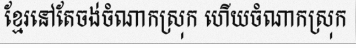
ខ្មែរនៅតែចង់ចំណាកស្រុក ហើយចំណាកស្រុក